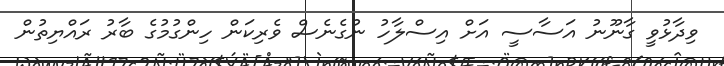
ވިދާޅުވީ ގާނޫނު އަސާސީ އަށް އިސްލާހު ނުގެނެސް ވެރިކަން ހިންގުމުގެ ބާރު ރައްޔިތުން